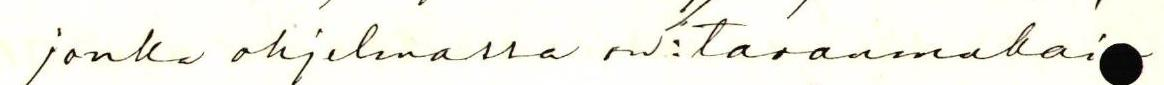
jonka ohjelmassa on: tavanmukai-